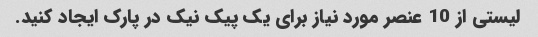
لیستی از 10 عنصر مورد نیاز برای یک پیک نیک در پارک ایجاد کنید.